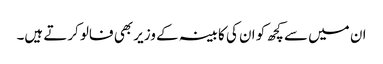
ان میں سے کچھ کو ان کی کابینہ کے وزیر بھی فالو کرتے ہیں۔